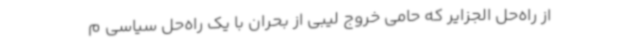
از راه‌حل الجزایر که حامی خروج لیبی از بحران با یک راه‌حل سیاسی م